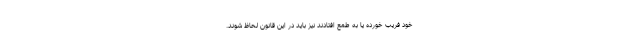
خود فریب خورده یا به طمع افتادند نیز باید در این قانون لحاظ شوند.